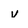
Character: v